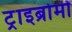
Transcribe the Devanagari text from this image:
ट्राइब्रोमो